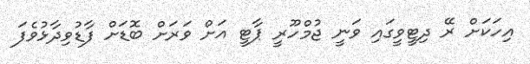
އިހަކަށް ރޭ ދިޓީވީގައި ވަނީ ޖުމްހޫރީ ޕާޓީ އަށް ވަރަށް ބޮޑަށް ފާޑުވިދާޅުވެފަ